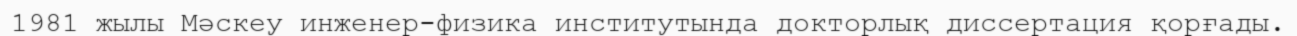
1981 жылы Мәскеу инженер-физика институтында докторлық диссертация қорғады.